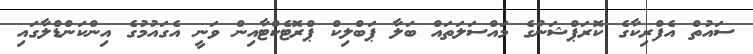
ސައުތް އެފްރިކާގެ ކޮރަޕްޝަނުގެ މައްސަލަތައް ބަލާ ޕަބްލިކް ޕްރޮޓެކްޓާއިން ވަނީ އެގައުމުގެ އިންކަންޑްލާގައި